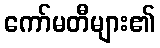
ကော်မတီများ၏